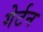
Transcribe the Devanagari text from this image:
गेर्टन